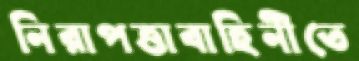
নিরাপত্তাবাহিনীতে